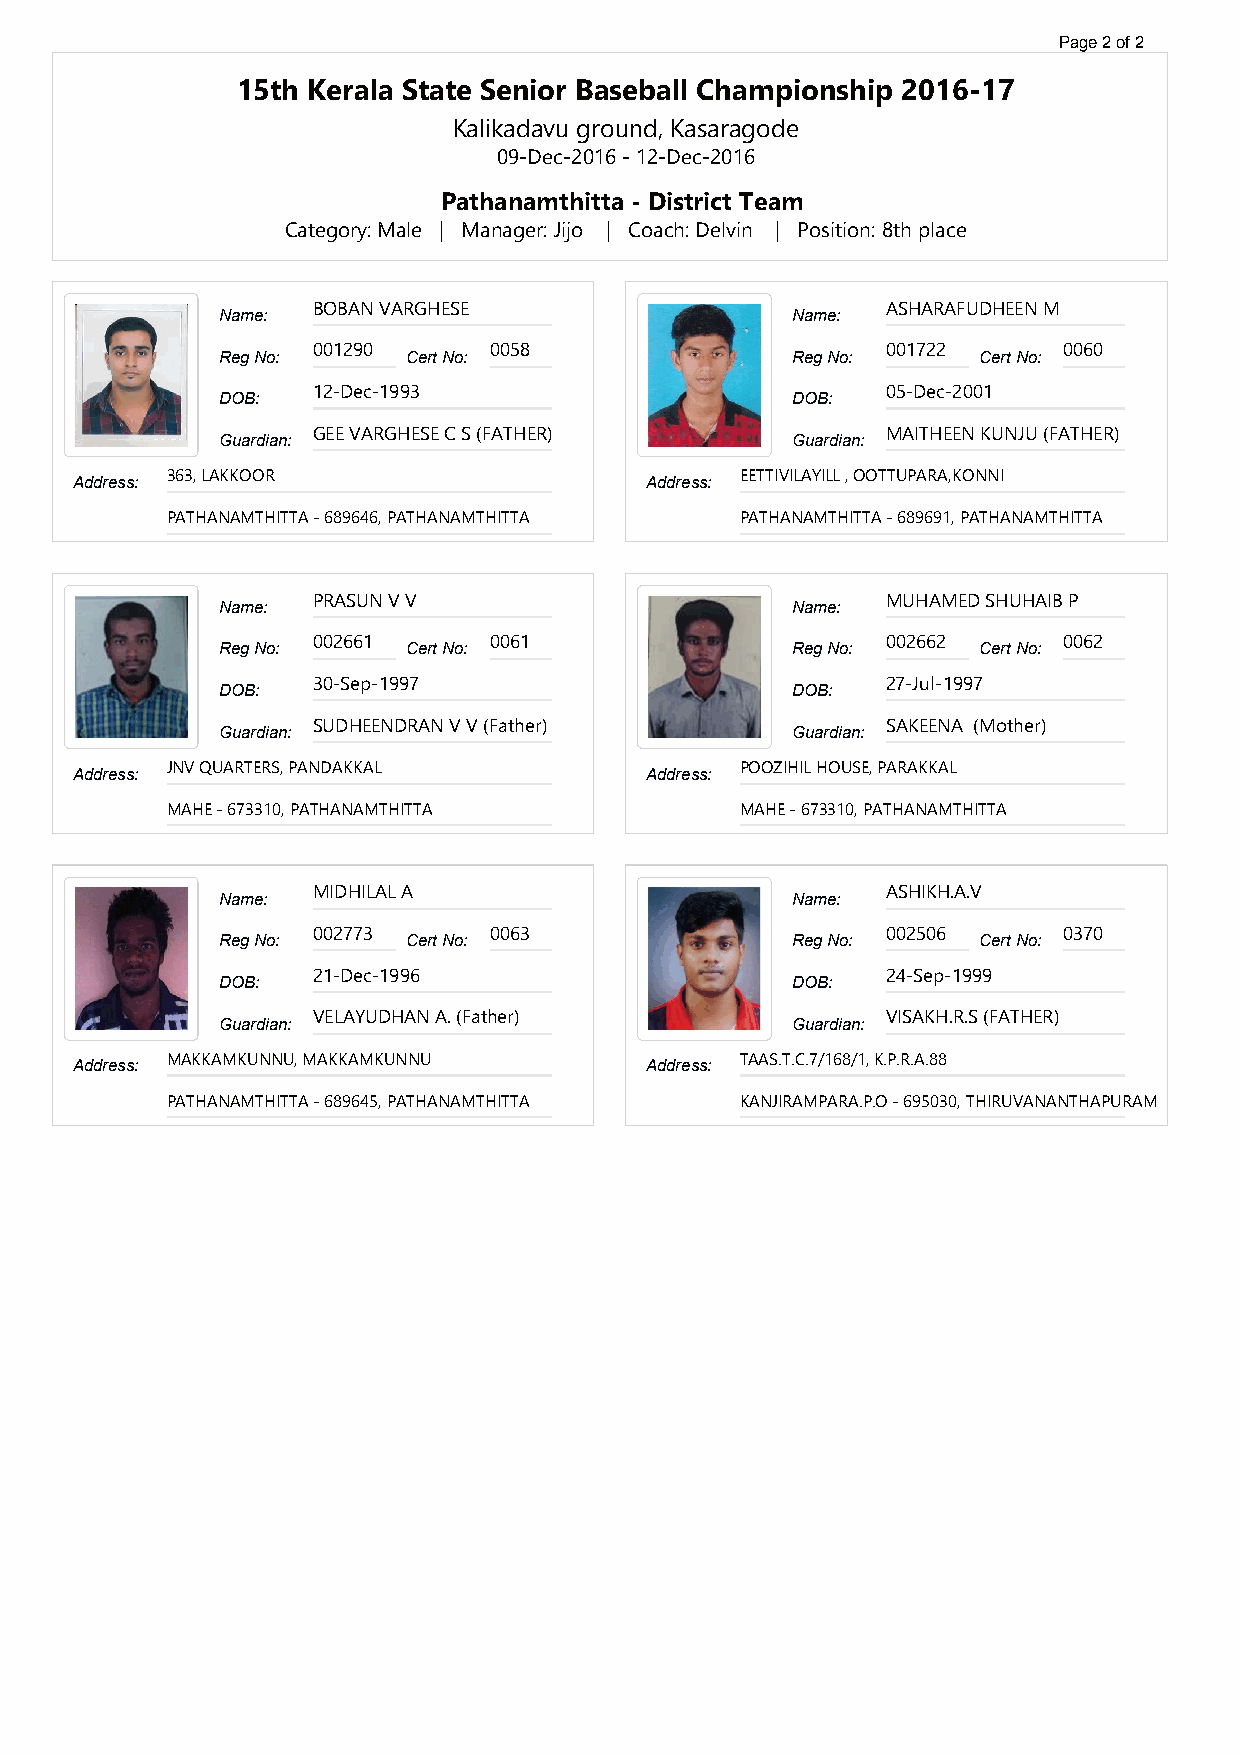
Page 2 of 2
 15th Kerala State Senior Baseball Championship 2016-17
 Kalikadavu ground, Kasaragode
 09-Dec-2016 - 12-Dec-2016
 Pathanamthitta - District Team
 Category: Male | Manager: Jijo | Coach: Delvin | Position: 8th place
 BOBAN VARGHESE                        ASHARAFUDHEEN M
 Name:                                 Name:
 001290     0058                       001722     0060
 Reg No:      Cert No:                 Reg No:      Cert No:
 12-Dec-1993                           05-Dec-2001
 DOB:                                  DOB:
 GEE VARGHESE C S (FATHER)             MAITHEEN KUNJU (FATHER)
 Guardian:                             Guardian:
 Address: 363, LAKKOOR                 Address: EETTIVILAYILL , OOTTUPARA,KONNI
 PATHANAMTHITTA - 689646, PATHANAMTHITTA PATHANAMTHITTA - 689691, PATHANAMTHITTA
 PRASUN V V                            MUHAMED SHUHAIB P
 Name:                                 Name:
 002661     0061                       002662     0062
 Reg No:      Cert No:                 Reg No:      Cert No:
 30-Sep-1997                           27-Jul-1997
 DOB:                                  DOB:
 SUDHEENDRAN V V (Father)              SAKEENA (Mother)
 Guardian:                             Guardian:
 Address: JNV QUARTERS, PANDAKKAL      Address: POOZIHIL HOUSE, PARAKKAL
 MAHE - 673310, PATHANAMTHITTA         MAHE - 673310, PATHANAMTHITTA
 MIDHILAL A                            ASHIKH.A.V
 Name:                                 Name:
 002773     0063                       002506     0370
 Reg No:      Cert No:                 Reg No:      Cert No:
 21-Dec-1996                           24-Sep-1999
 DOB:                                  DOB:
 VELAYUDHAN A. (Father)                VISAKH.R.S (FATHER)
 Guardian:                             Guardian:
 Address: MAKKAMKUNNU, MAKKAMKUNNU     Address: TAAS.T.C.7/168/1, K.P.R.A.88
 PATHANAMTHITTA - 689645, PATHANAMTHITTA KANJIRAMPARA.P.O - 695030, THIRUVANANTHAPURAM